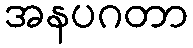
အနပဂတာ